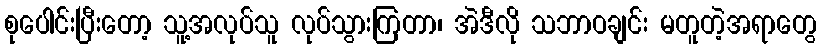
စုပေါင်းပြီးတော့ သူ့အလုပ်သူ လုပ်သွားကြတာ၊ အဲဒီလို သဘာဝချင်း မတူတဲ့အရာတွေ